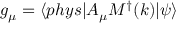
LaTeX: g _ { \mu } = \langle p h y s | A _ { \mu } M ^ { \dagger } ( k ) | \psi \rangle